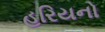
હરિયનો